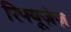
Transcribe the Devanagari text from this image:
रिफ्यूज़ेज़